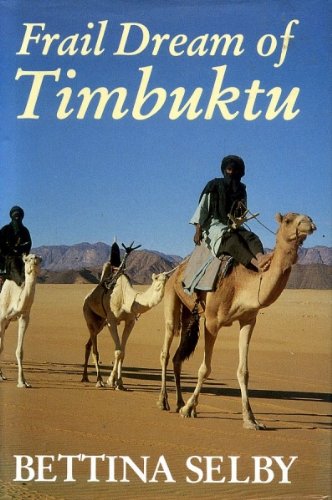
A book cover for Frail Dream of Timbuktu; Bettina Selby; Travel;